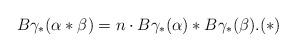
LaTeX: \begin{align*}B\gamma_{*}(\alpha*\beta)= n\cdot B\gamma_{*}(\alpha)*B\gamma_{*}(\beta). (*)\end{align*}